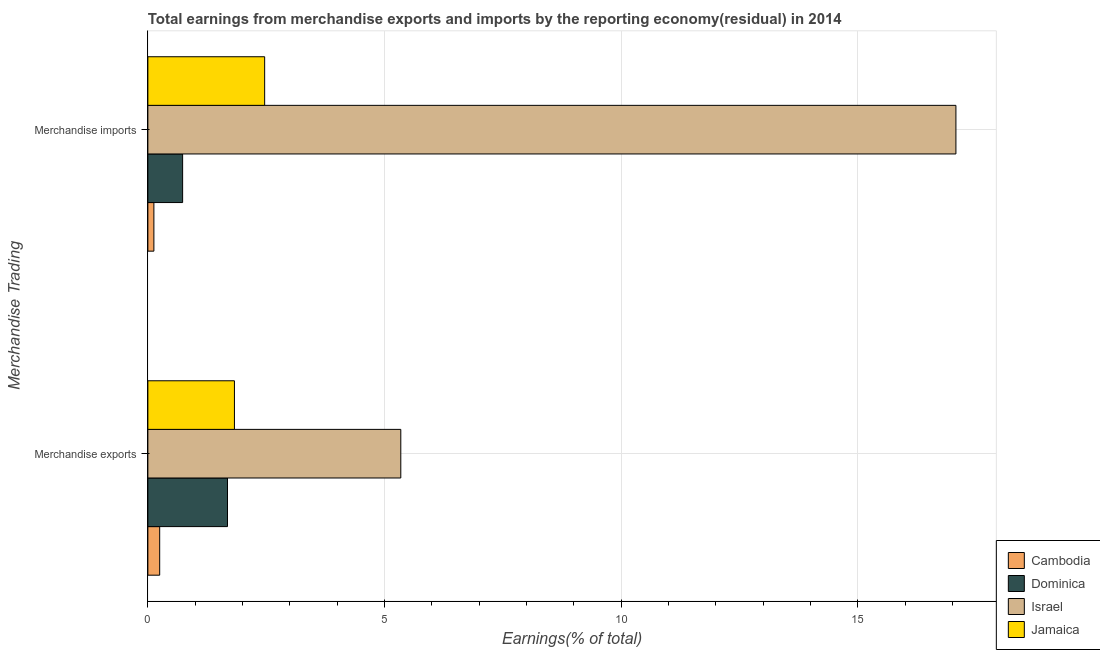
| Merchandise Trading | Cambodia | Dominica | Israel | Jamaica |
 | --- | --- | --- | --- | --- |
 | Merchandise exports | 0.25 | 1.68 | 5.34 | 1.83 |
 | Merchandise imports | 0.127 | 0.734 | 17.1 | 2.47 |